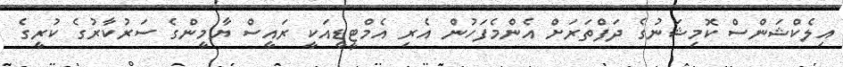
އިލެކްޝަންސް ކޮމިޝަނުގެ ދަފްތަރަށް އެންމެފަހުން އެރި އެމްޓީޑީއަކީ ރައީސް ޔާމީންގެ ސަރުކާރުގެ ކުރީގެ